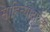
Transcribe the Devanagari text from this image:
साहित्याद्वारेही